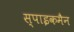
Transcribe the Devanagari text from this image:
स्पाइकमैन